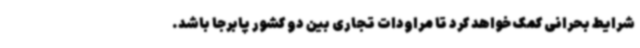
شرایط بحرانی کمک خواهد کرد تا مراودات تجاری بین دو کشور پابرجا باشد.